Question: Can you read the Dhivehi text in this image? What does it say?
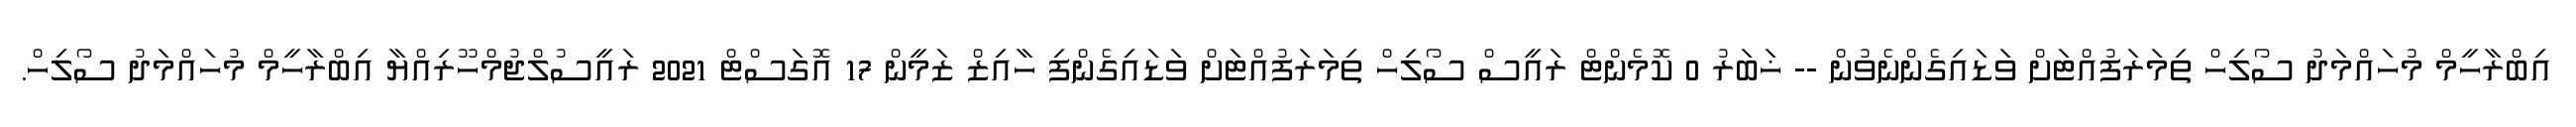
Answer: އިބްރާހީމް މުހައްމަދު ސޯލިހް ތިމަރަފުއްޓަށް ވަޑައިގެންނެވުން -- ޚަބަރު 0 ކޮމެންޓް ރައީސް ސޯލިހް ތިމަރަފުއްޓަށް ވަޑައިގެންފި ހާއިޒް ޒަމީން 17 އޮގަސްޓް 2021 ރައީސުލްޖުމްހޫރިއްޔާ އިބްރާހީމް މުހައްމަދު ސޯލިހް.